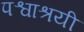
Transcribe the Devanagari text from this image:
पश्वाश्रयी